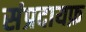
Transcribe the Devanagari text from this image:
संप्रदायफ़